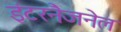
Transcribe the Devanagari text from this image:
इंटरनैजनेल